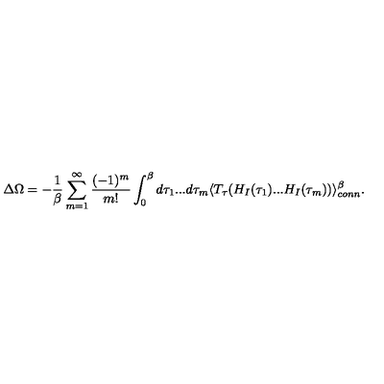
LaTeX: \Delta \Omega = - { \frac { 1 } { \beta } } \sum _ { m = 1 } ^ { \infty } \frac { ( - 1 ) ^ { m } } { m ! } \int _ { 0 } ^ { \beta } d \tau _ { 1 } . . . d \tau _ { m } \langle T _ { \tau } ( H _ { I } ( \tau _ { 1 } ) . . . H _ { I } ( \tau _ { m } ) ) \rangle _ { c o n n } ^ { \beta } .